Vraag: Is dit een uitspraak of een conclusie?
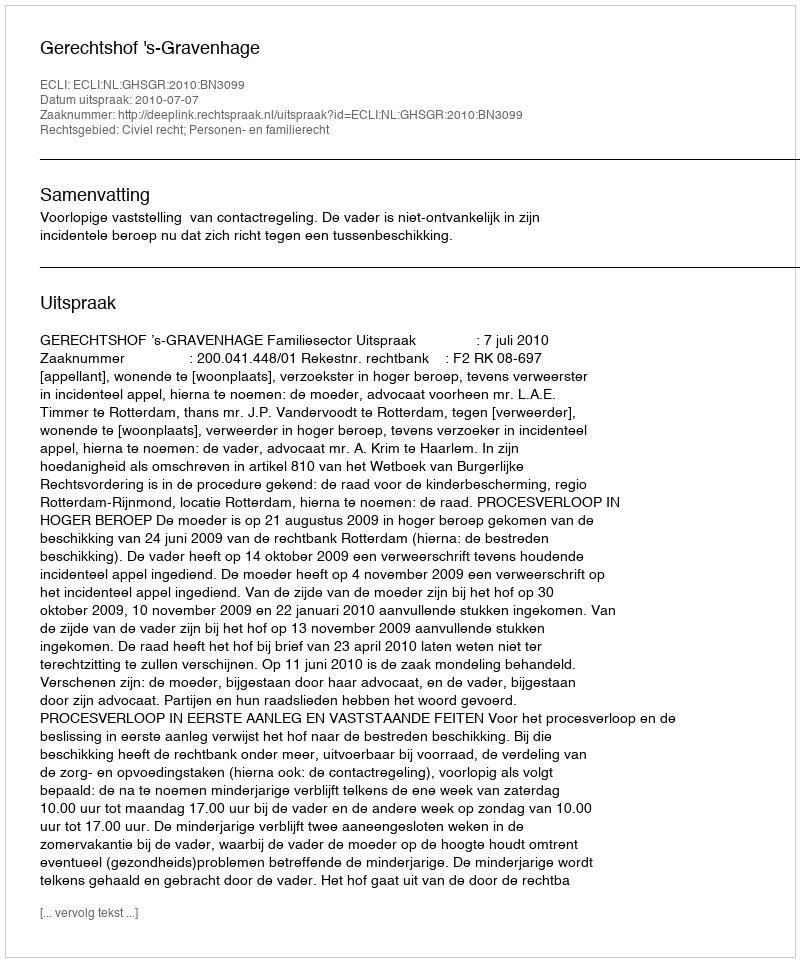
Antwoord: Uitspraak